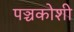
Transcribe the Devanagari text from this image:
पञ्चकोशी